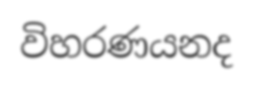
විහරණයනද